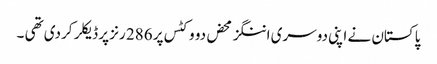
پاکستان نے اپنی دوسری اننگز محض دو وکٹس پر 286 رنز پر ڈیکلر کردی تھی ۔